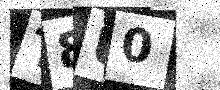
Text: T8U0